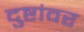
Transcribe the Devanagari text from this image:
दुष्टांवर